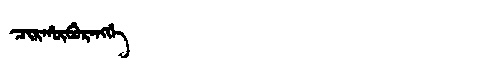
Manchu: ᠴᡳᡵᡥᡡᠪᡠᡵᠠᠩᡤᡝ
Romanization: CIRHŪBURANGGE